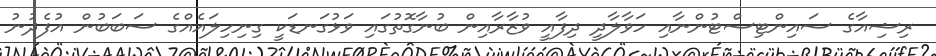
ރިޝިއާގެ ސައިންޓިސްޓުންނާއި ހަވާލާދީ ދިފާއީ ވުޒާރާއިން ބުނާގޮތުގައި ވަޅުގަނޑަކީ ގިނިހިލައެއްގެ ސަބަބުން އުފެދުނު